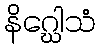
နိဂ္ဃေါသံ